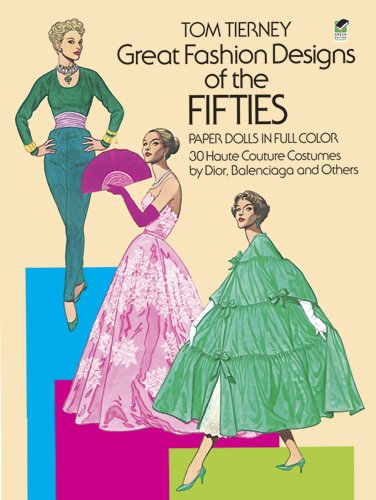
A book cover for Great Fashion Designs of the Fifties Paper Dolls: 30 Haute Couture Costumes by Dior, Balenciaga and Others (Dover Paper Dolls); Tom Tierney; Crafts, Hobbies & Home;